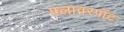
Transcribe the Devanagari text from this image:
फ्लावरपॉट